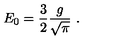
E _ { 0 } = \frac { 3 } { 2 } \frac { g } { \sqrt { \pi } } \ .